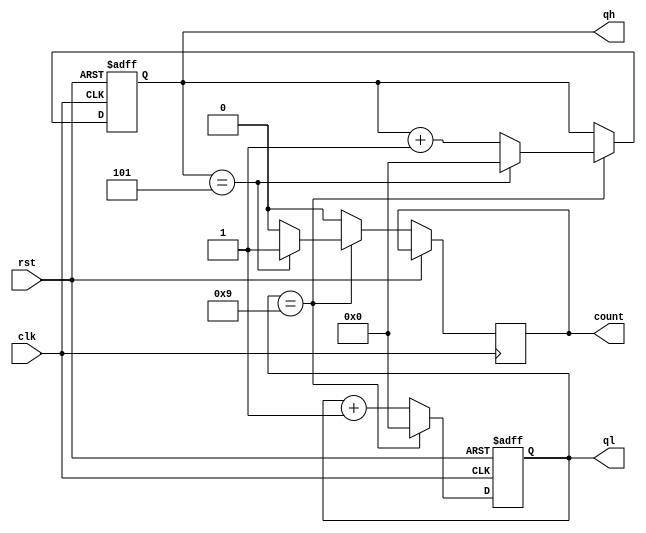
module m_60(clk,rst,ql,qh,count);//60
	input clk,rst;
	output[3:0] ql;
	output[3:0] qh;
	output reg count;
	reg[3:0] ql;
	reg[3:0] qh;
	
always@(posedge clk or posedge rst)
	begin
		if(rst)//
			begin
				ql<=0;
				qh<=0;
			end
		else if(ql==9)
		begin
			ql<=0;
			if(qh==5)
			begin
				qh<=0;
				count<=1;//
			end
			else
			begin
				qh<=qh+1;
				count<=0;
			end
		end
		else 
		begin
			ql<=ql+1;
			count<=0;
		end
	end
endmodule